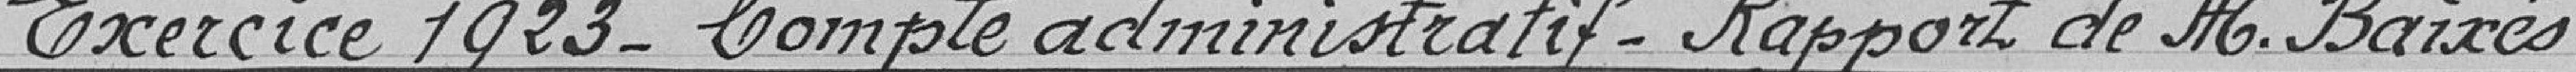
Exercice 1923- Compte administratif-Rapport de M.Baixes .